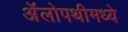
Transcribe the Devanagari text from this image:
अॅलोपथीमध्ये